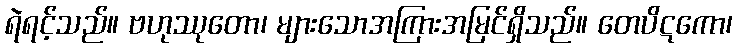
ရဲရင့်သည်။ ဗဟုဿုတော၊ များသောအကြားအမြင်ရှိသည်။ တေပိဋကော၊